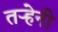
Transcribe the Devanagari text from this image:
तऱ्हेनी